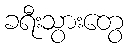
ခရီးသွားတွေ